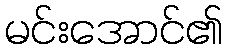
မင်းအောင်၏